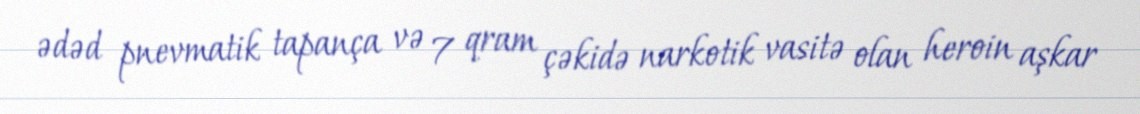
ədəd pnevmatik tapança və 7 qram çəkidə narkotik vasitə olan heroin aşkar